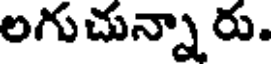
లగుచున్నారు.